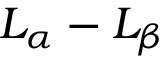
L _ { \alpha } - L _ { \beta }